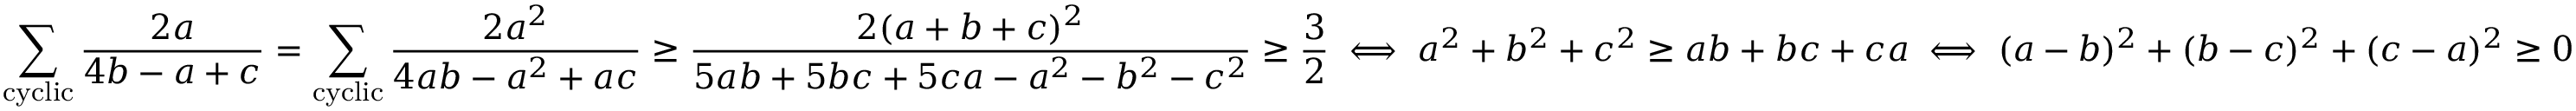
\displaystyle \sum _ { \mathrm { c y c l i c } } \frac { 2 a } { 4 b - a + c } = \displaystyle \sum _ { \mathrm { c y c l i c } } \frac { 2 a ^ { 2 } } { 4 a b - a ^ { 2 } + a c } \ge \frac { 2 ( a + b + c ) ^ { 2 } } { 5 a b + 5 b c + 5 c a - a ^ { 2 } - b ^ { 2 } - c ^ { 2 } } \ge \frac { 3 } { 2 } \iff a ^ { 2 } + b ^ { 2 } + c ^ { 2 } \ge a b + b c + c a \iff ( a - b ) ^ { 2 } + ( b - c ) ^ { 2 } + ( c - a ) ^ { 2 } \ge 0